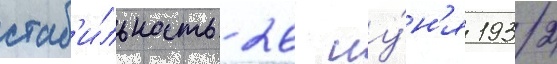
стаб'и́льность 26 иу́н'я 1932